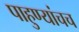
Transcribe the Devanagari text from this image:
पाहुण्यांचच